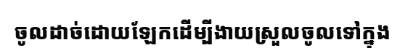
ចូលដាច់ដោយឡែកដើម្បីងាយស្រួលចូលទៅក្នុង